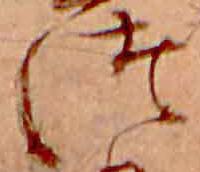
つ